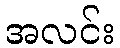
အလင်း